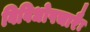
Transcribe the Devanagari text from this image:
विविधोपचारैः